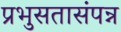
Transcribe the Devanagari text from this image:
प्रभुसतासंपन्न